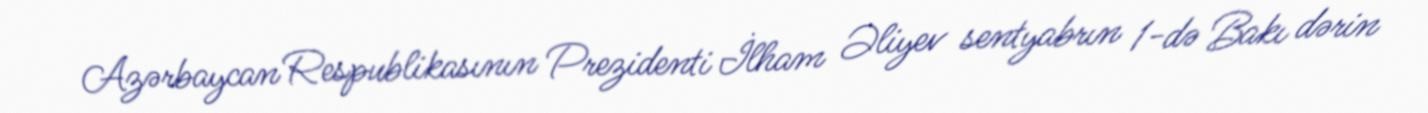
Azərbaycan Respublikasının Prezidenti İlham Əliyev sentyabrın 1-də Bakı dərin